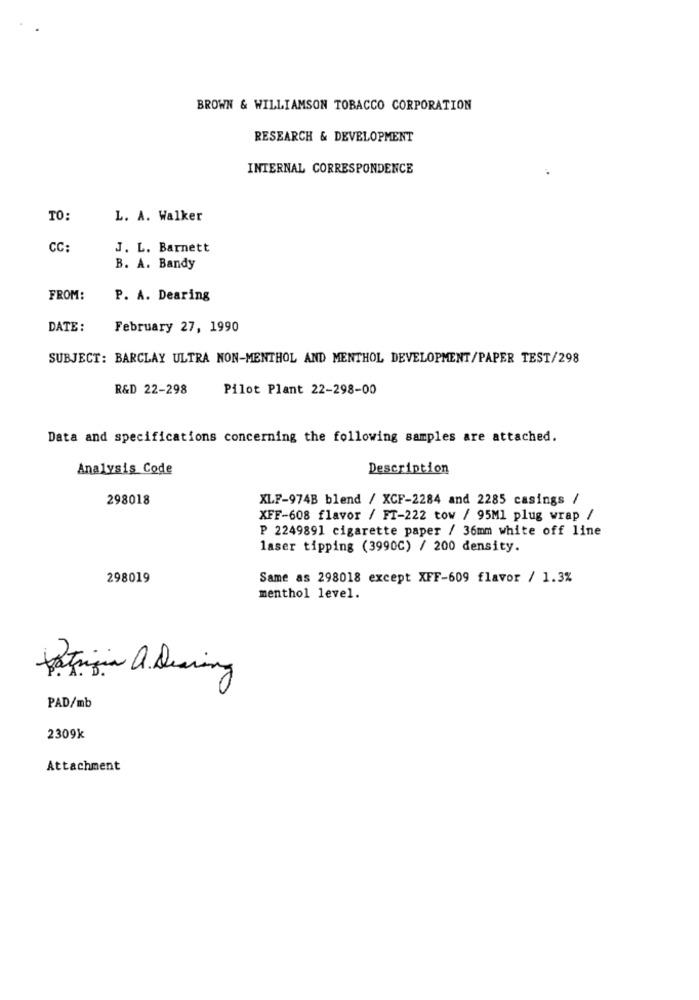
BROWN & WILLIAMSON TOBACCO CORPORATION
RESEARCH & DEVELOPMENT
INTERNAL CORRESPONDENCE
TO:
L. A. Walker
CC:
J. L. Barnett
B. A. Bandy
FROM:
P. A. Dearing
DATE :
February 27, 1990
SUBJECT: BARCLAY ULTRA NON-MENTHOL AND MENTHOL DEVELOPMENT/PAPER TEST/298
R&D 22-298
Pilot Plant 22-298-00
Data and specifications concerning the following samples are attached.
Analysis Code
Description
298018
XLF-974B blend / XCF-2284 and 2285 casings /
XFF-608 flavor / FT-222 tow / 95Ml plug wrap /
P 2249891 cigarette paper / 36mm white off line
laser tipping (3990C) / 200 density.
298019
Same as 298018 except XFF-609 flavor / 1.3%
menthol level.
Patrizia a Dearing
PAD/mb
2309k
Attachment